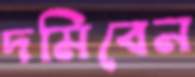
দমিবেন